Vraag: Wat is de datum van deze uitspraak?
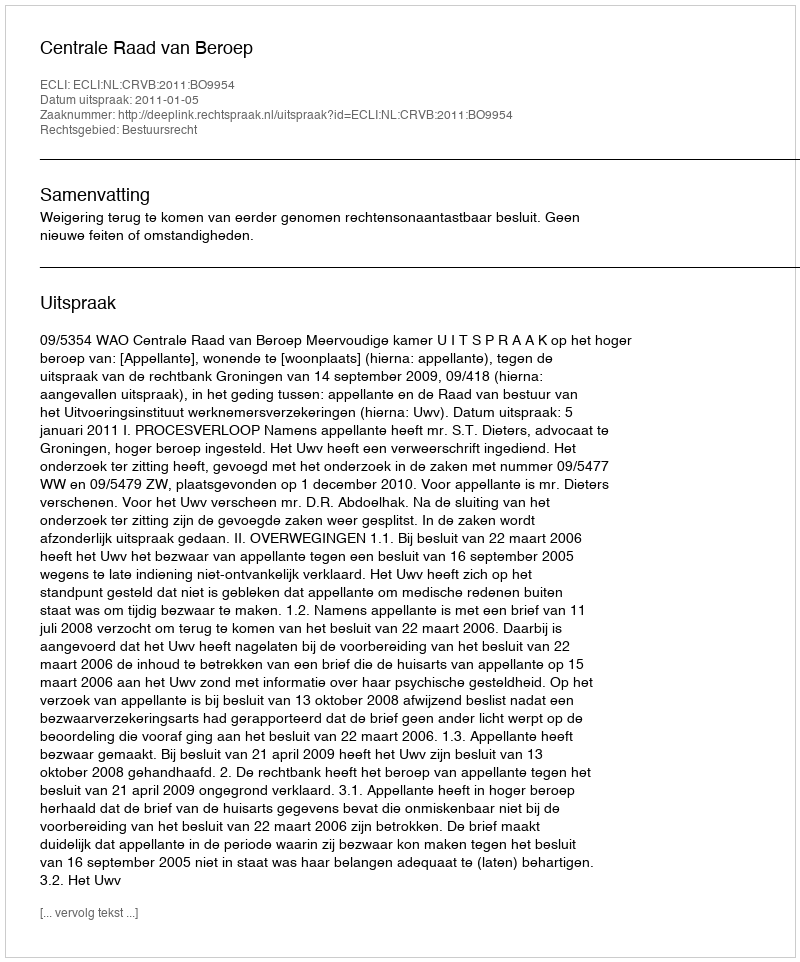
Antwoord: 2011-01-05